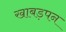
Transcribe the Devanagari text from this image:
खाबड़पन